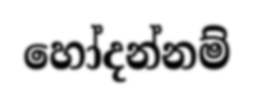
හෝදන්නම්